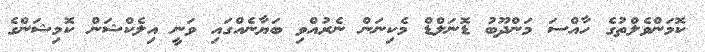
ކޮމަންވެލްތުގެ ހާއްސަ މަންދޫބު ޑޮނަލްޑް މެކިނަން ނެރުއްވި ބަޔާނެއްގައި ވަނީ އިލެކްޝަން ކޮމިޝަންގެ